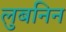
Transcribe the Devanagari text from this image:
लुबनिन